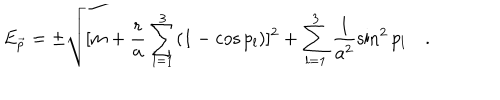
E _ { \vec { p } } = \pm \sqrt { [ m + \frac { r } { a } \sum _ { l = 1 } ^ { 3 } ( 1 - \cos p _ { l } ) ] ^ { 2 } + \sum _ { l = 1 } ^ { 3 } \frac { 1 } { a ^ { 2 } } \sin ^ { 2 } p _ { l } } \quad .